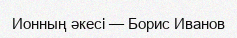
Ионның әкесі — Борис Иванов